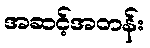
အဆင့်အတန်း